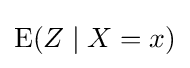
\operatorname {E} (Z\mid X=x)